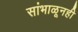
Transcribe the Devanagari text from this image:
सांभाळूनही